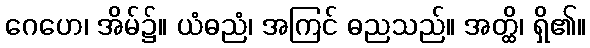
ဂေဟေ၊ အိမ်၌။ ယံဓညံ၊ အကြင် ဓညသည်။ အတ္ထိ၊ ရှိ၏။